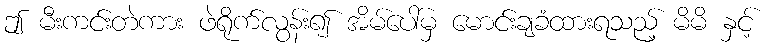
ဤ မီးကင်းတဲကား ဖဲရိုက်လွန်း၍ အိမ်ပေါ်မှ မောင်းချခံထားရသည့် မိမိ နှင့်